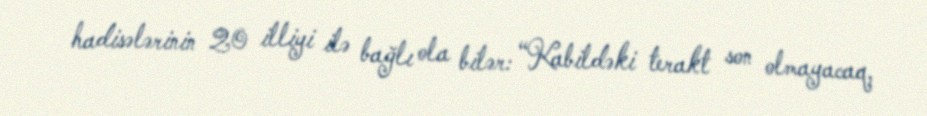
hadisələrinin 20 illiyi ilə bağlı ola bilər: “Kabildəki terakt son olmayacaq,